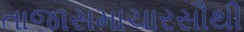
તાજાસમાચારસૌથી